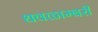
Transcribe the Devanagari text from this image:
धवळाम्बरी